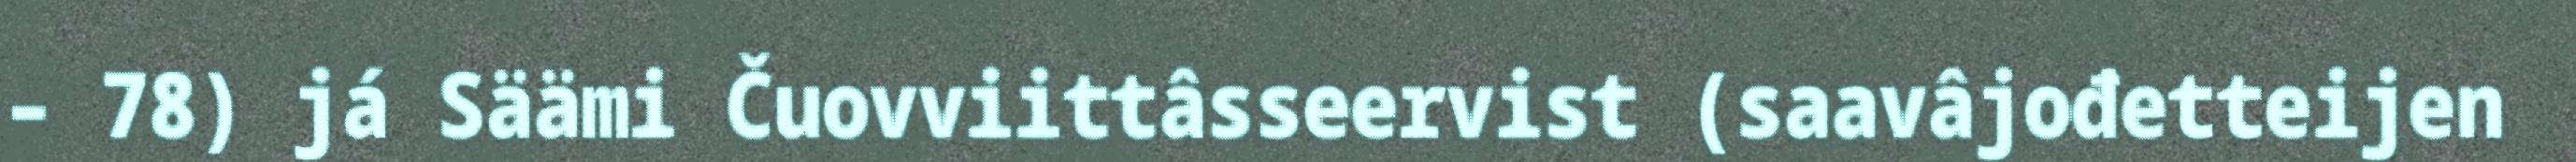
– 78) já Säämi Čuovviittâsseervist (saavâjođetteijen